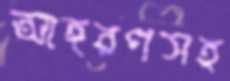
আহরণসহ